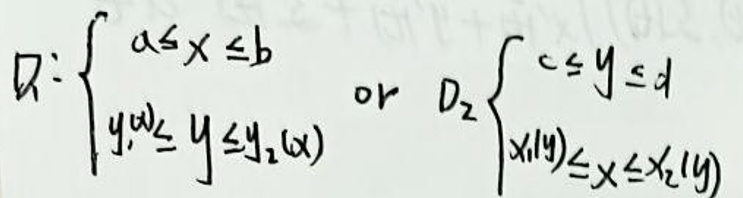
$D_1:\begin{cases}a\leq x\leq b\\y_1(x)\leq y\leq y_2(x)\end{cases}\quad or\quad D_2:\begin{cases}c\leq y\leq d\\x_1(y)\leq x\leq x_2(y)\end{cases}$